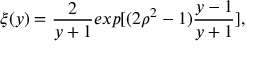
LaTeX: \xi ( y ) = \frac 2 { y + 1 } e x p [ ( 2 \rho ^ { 2 } - 1 ) \frac { y - 1 } { y + 1 } ] ,